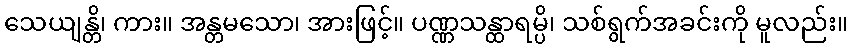
သေယျန္တိ၊ ကား။ အန္တမသော၊ အားဖြင့်။ ပဏ္ဏသန္ထာရမ္ပိ၊ သစ်ရွက်အခင်းကို မူလည်း။